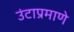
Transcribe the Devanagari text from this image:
उंटाप्रमाणे